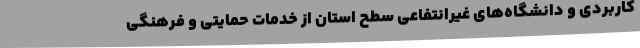
کاربردی و دانشگاه‌های غیرانتفاعی سطح استان از خدمات حمایتی و فرهنگی